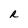
Character: R